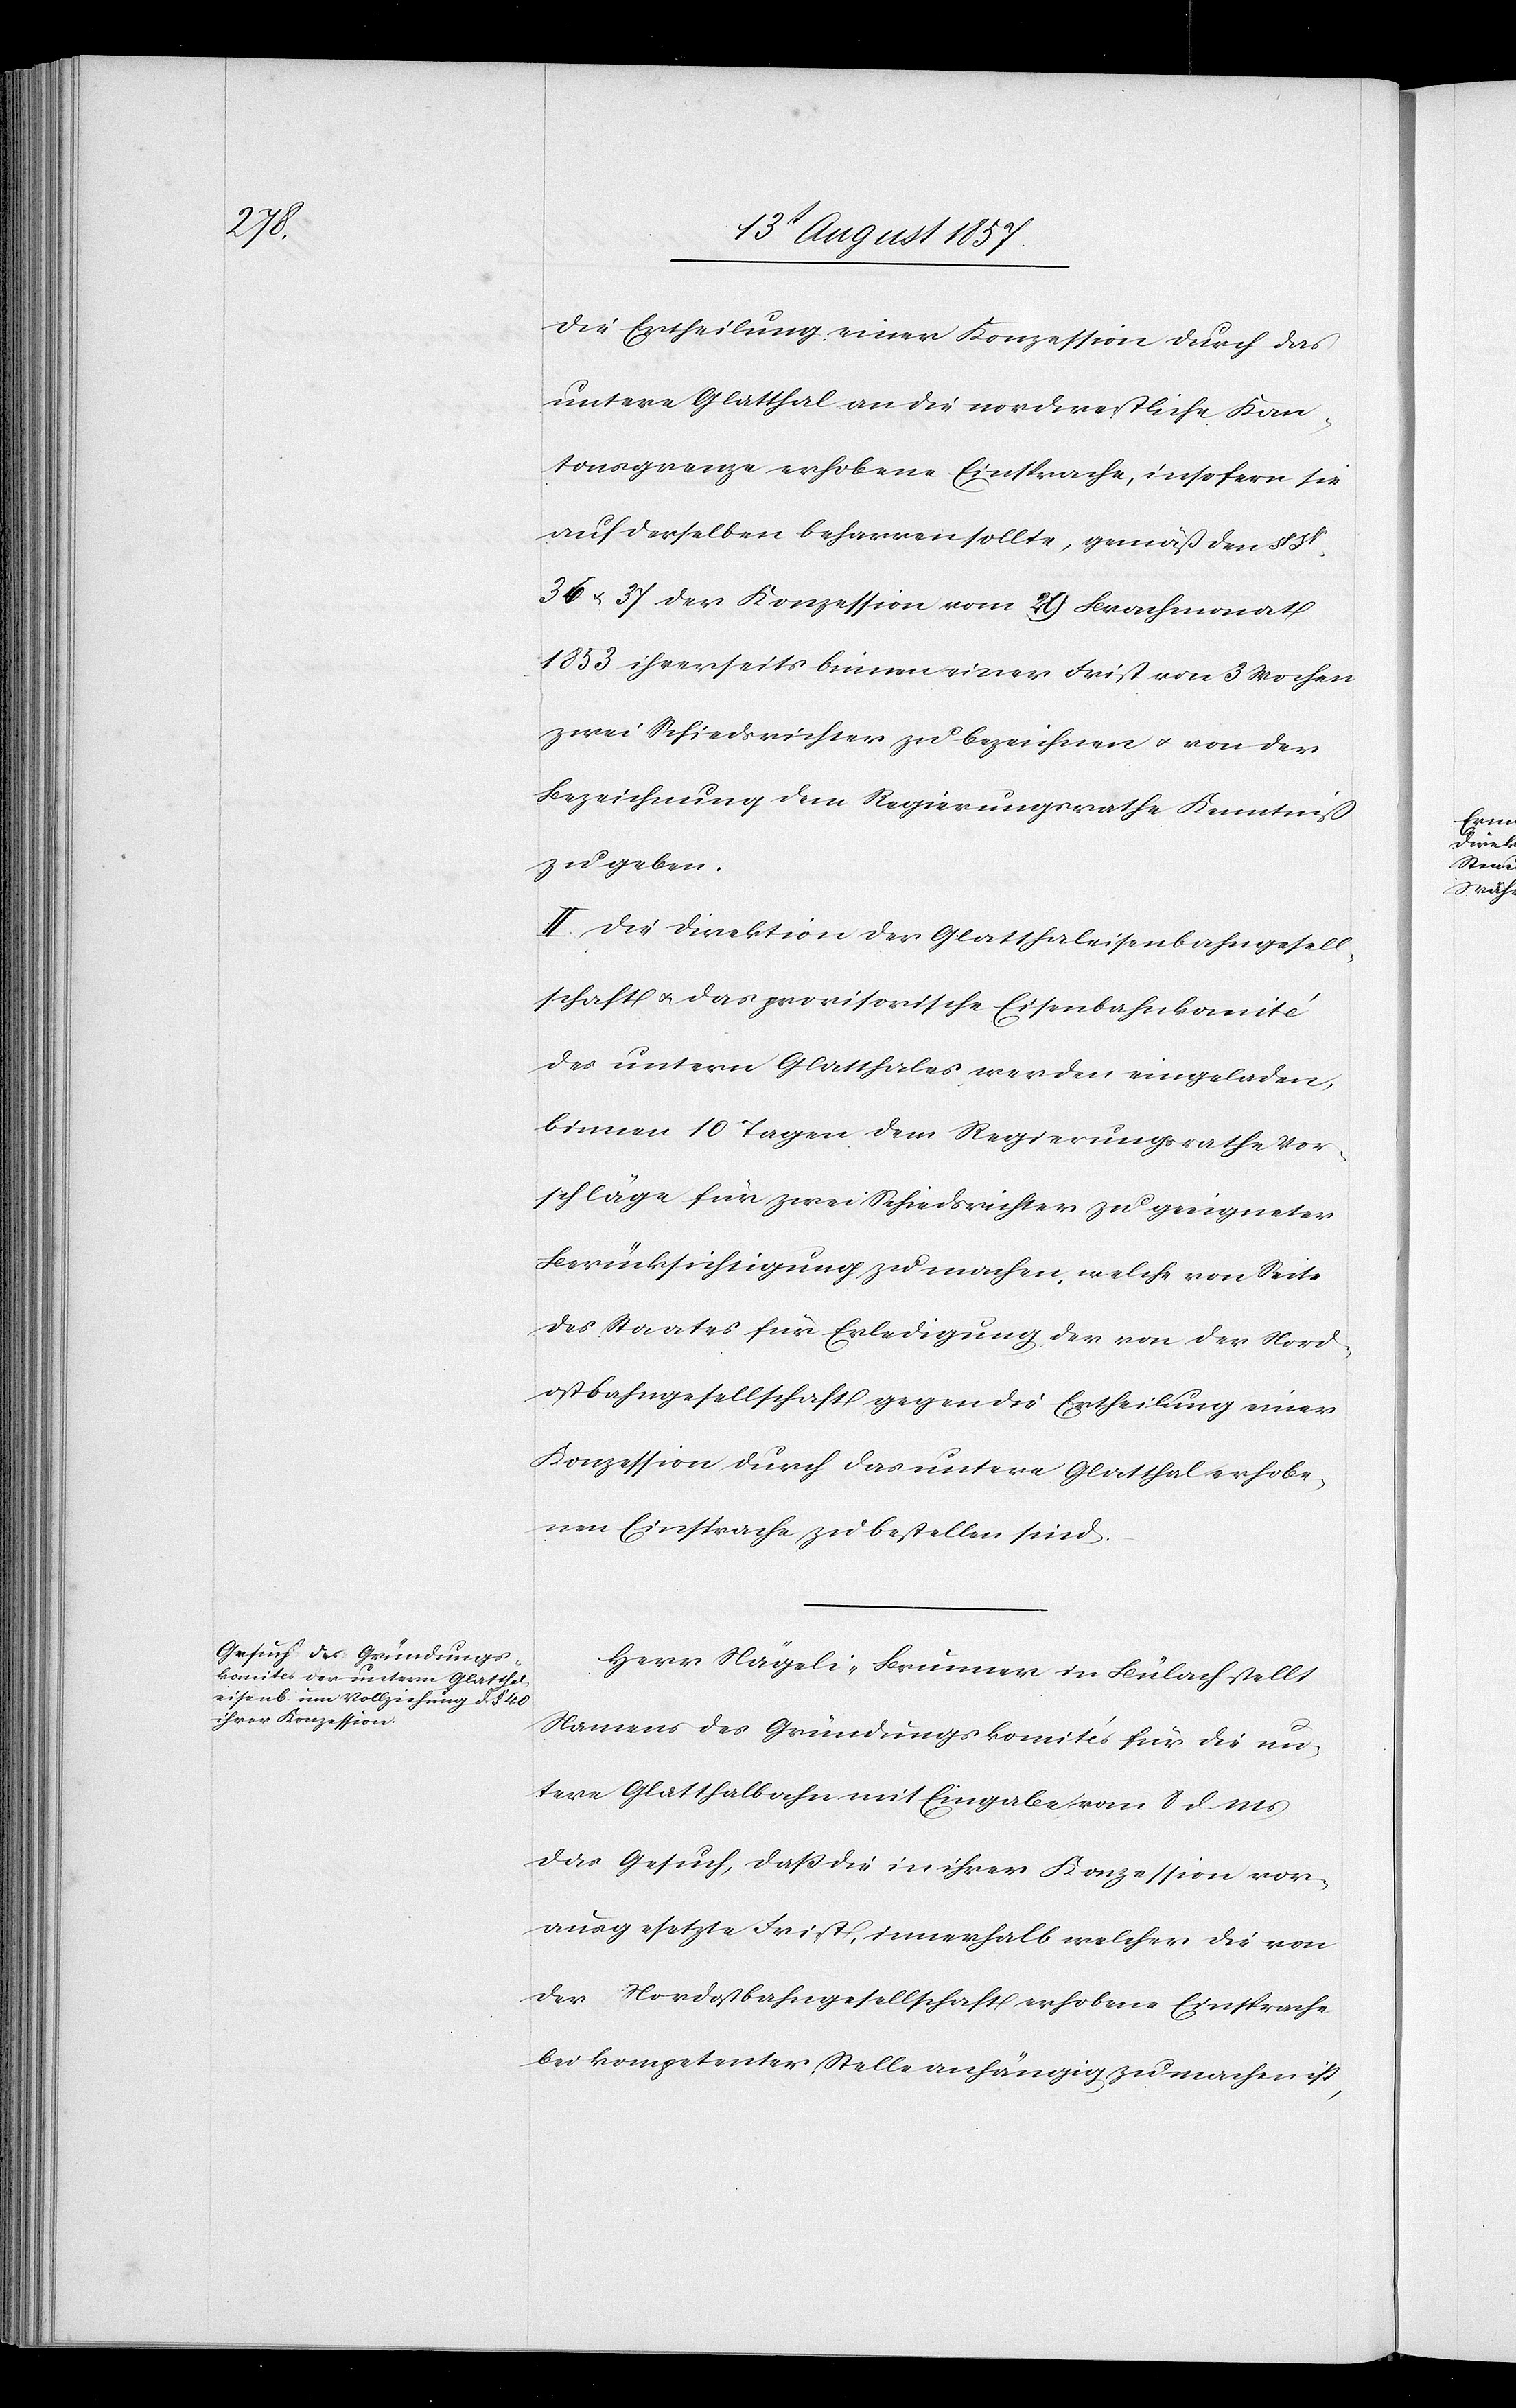
die Ertheilung einer Konzession durch das
untere Glatthal an die nordwestliche Kan¬
tonsgrenze erhobene Einsprache, insofern sie
auf derselben beharren sollte, gemäß den § 31
36 & 37 der Konzession vom 29 Brachmonat
1853 ihrerseits binnen einer Frist von 3 Wochen
zwei Schiedsrichter zu bezeichnen & von der
Bezeichnung dem Regierungsrathe Kenntniß
zu geben.
II. Die Direktion der Glatthalbahngesell¬
schaft & das provisorische Eisenbahnkomité
des untern Glatthales werden eingeladen,
binnen 10 Tagen dem Regierungsrathe Vor¬
schläge für zwei Schiedsrichter zu geeigneter
Berücksichtigung zu machen, welche von Seite
des Staates für Erledigung der von der Nord¬
ostbahngesellschaft gegen die Ertheilung einer
Konzession durch das untere Glatthal erhobe¬
nen Einsprache zu bestellen sind.
Herr Nägeli-Brunner in Bülach stellt
Namens des Gründungskomités für die un¬
tere Glatthalbahn mit Eingabe vom 8 d. Mts.
das Gesuch, daß die in ihrer Konzession vor¬
ausgesetzte Frist, innerhalb welcher die von
der Nordostbahngesellschaft erhobene Einsprache
bei kompetenter Stelle anhängig zu machen ist,